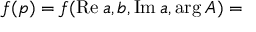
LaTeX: f ( p ) = f ( \mathrm { R e } \: a , b , \mathrm { I m } \: a , \mathrm { a r g } \: A ) =